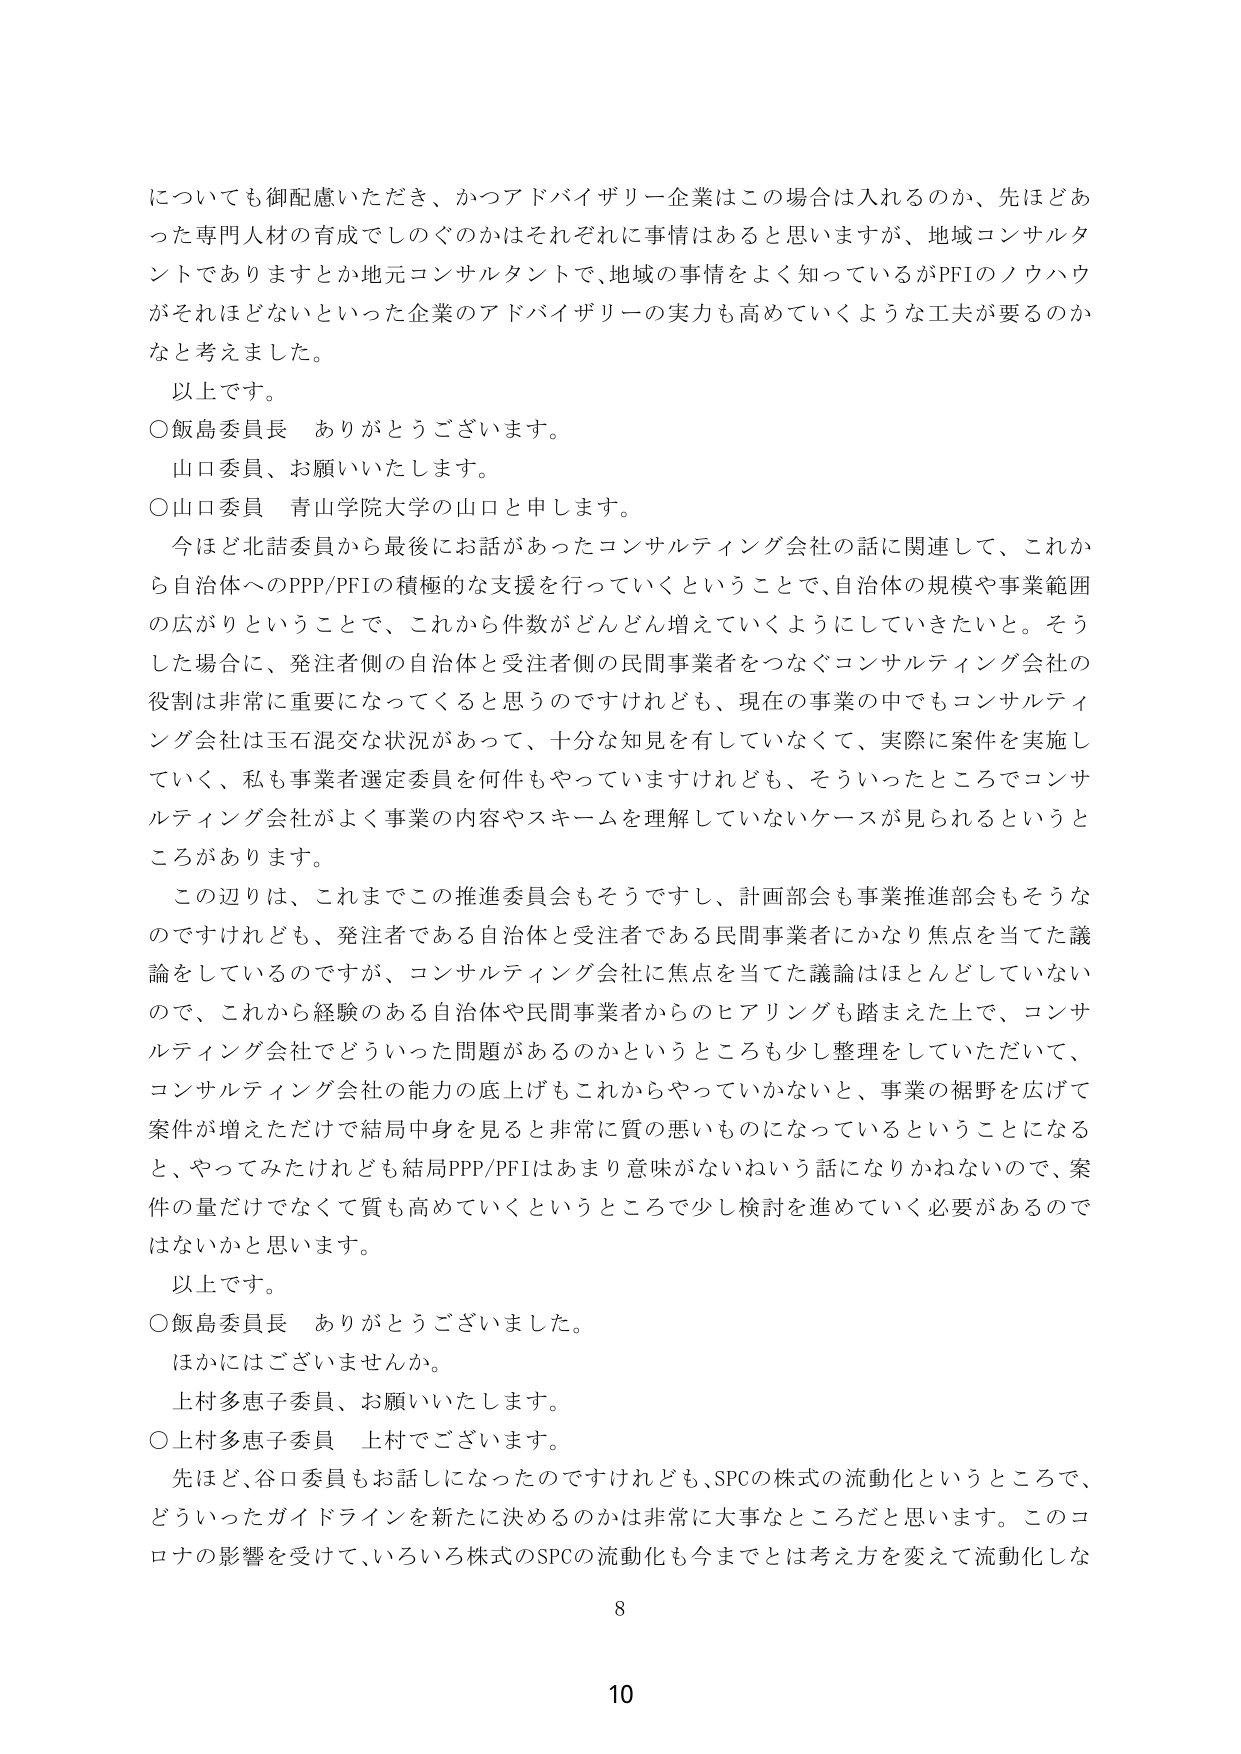
についても御配慮いただき、かつアドバイザリー企業はこの場合は入れるのか、先ほどあった専門人材の育成でしのぐのかはそれぞれに事情はあると思いますが、地域コンサルタントでありますとか地元コンサルタントで、地域の事情をよく知っているがPFIのノウハウがそれほどないといった企業のアドバイザリーの実力も高めていくような工夫が要るのかなと考えました。

以上です。

○飯島委員長 ありがとうございます。
山口委員、お願いいたします。

○山口委員 青山学院大学の山口と申します。
今ほど北詰委員から最後にお話があったコンサルティング会社の話に関連して、これから自治体へのPPP/PFIの積極的な支援を行っていくということで、自治体の規模や事業範囲の広がりということで、これから件数がどんどん増えていくようにしていきたいと。そうした場合に、発注者側の自治体と受注者側の民間事業者をつなぐコンサルティング会社の役割は非常に重要になってくると思うのですけれども、現在の事業の中でもコンサルティング会社は玉石混交な状況があって、十分な知見を有していなくて、実際に案件を実施していく、私も事業者選定委員を何件もやっていますけれども、そういったところでコンサルティング会社がよく事業の内容やスキームを理解していないケースが見られるというところがあります。

この辺りは、これまでこの推進委員会もそうですし、計画部会も事業推進部会もそうなのですけれども、発注者である自治体と受注者である民間事業者にかなり焦点を当てた議論をしているのですが、コンサルティング会社に焦点を当てた議論はほとんどしていないので、これから経験のある自治体や民間事業者からのヒアリングも踏まえた上で、コンサルティング会社でどういった問題があるのかというところも少し整理をしていただいて、コンサルティング会社の能力の底上げもこれからやっていかないと、事業の裾野を広げて案件が増えただけで結局中身を見ると非常に質の悪いものになっているということになると、やってみたけれども結局PPP/PFIはあまり意味がないねという話になりかねないので、案件の量だけでなく質も高めていくというところで少し検討を進めていく必要があるのではないかと思います。

以上です。

○飯島委員長 ありがとうございました。
ほかにはございませんか。
上村多恵子委員、お願いいたします。

○上村多恵子委員 上村でございます。
先ほど、谷口委員もお話しになったのですけれども、SPCの株式の流動化というところで、どういったガイドラインを新たに決めるのかは非常に大事なところだと思います。このコロナの影響を受けて、いろいろ株式のSPCの流動化も今までとは考え方を変えて流動化しな

8

10